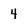
Character: 4